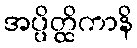
အပ္ပိတ္ထိကာနိ